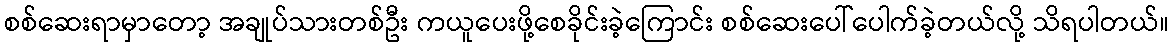
စစ်ဆေးရာမှာတော့ အချုပ်သားတစ်ဦး ကယူပေးဖို့စေခိုင်းခဲ့ကြောင်း စစ်ဆေးပေါ်ပေါက်ခဲ့တယ်လို့ သိရပါတယ်။